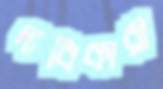
দাবিকারী